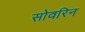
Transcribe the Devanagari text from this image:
सोवरिन